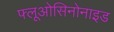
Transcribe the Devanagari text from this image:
फ्लूओसिनोनाइड